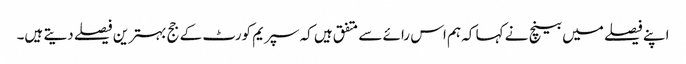
اپنے فیصلے میں بینچ نے کہا کہ ہم اس رائے سے متفق ہیں کہ سپریم کورٹ کے جج بہترین فیصلے دیتے ہیں۔